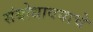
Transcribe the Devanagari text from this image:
संबोधावयाचे